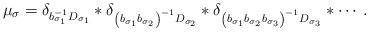
LaTeX: \begin{align*}\mu_{\sigma}=\delta_{b_{\sigma_{1}}^{-1} D_{\sigma_{1}}} * \delta_{\left(b_{\sigma_{1}} b_{\sigma_{2}}\right)^{-1} D_{\sigma_{2}}} * \delta_{\left(b_{\sigma_{1}} b_{\sigma_{2}} b_{\sigma_{3}}\right)^{-1}D_{\sigma_{3}}} * \cdots.\end{align*}